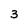
Character: 3